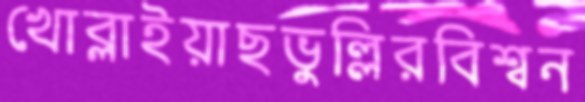
খোব্‌লাইয়াছভুল্লিরবিশ্বন